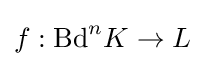
f:\mathrm {Bd} ^{n}K\to L